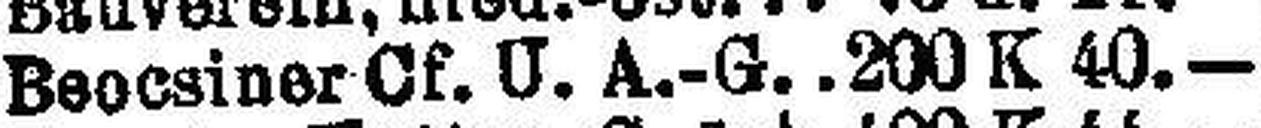
Beocsiner Cf. U. A.-G. .200 K 40.—